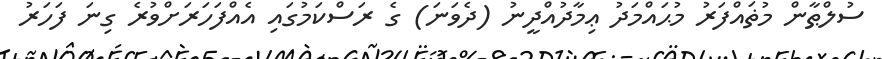
ސުލްޠާން މުޡައްފަރު މުޙައްމަދު ޢިމާދުއްދީނު (ދެވަނަ) ގެ ރަސްކަމުގައި އެއްފަހަރަށްވުރެ ގިނަ ފަހަރު